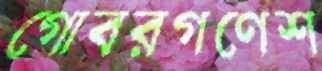
গোবরগণেশ